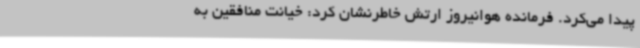
پیدا می‌کرد. فرمانده هوانیروز ارتش خاطرنشان کرد: خیانت منافقین به